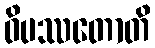
ဝိပဿတောတိ